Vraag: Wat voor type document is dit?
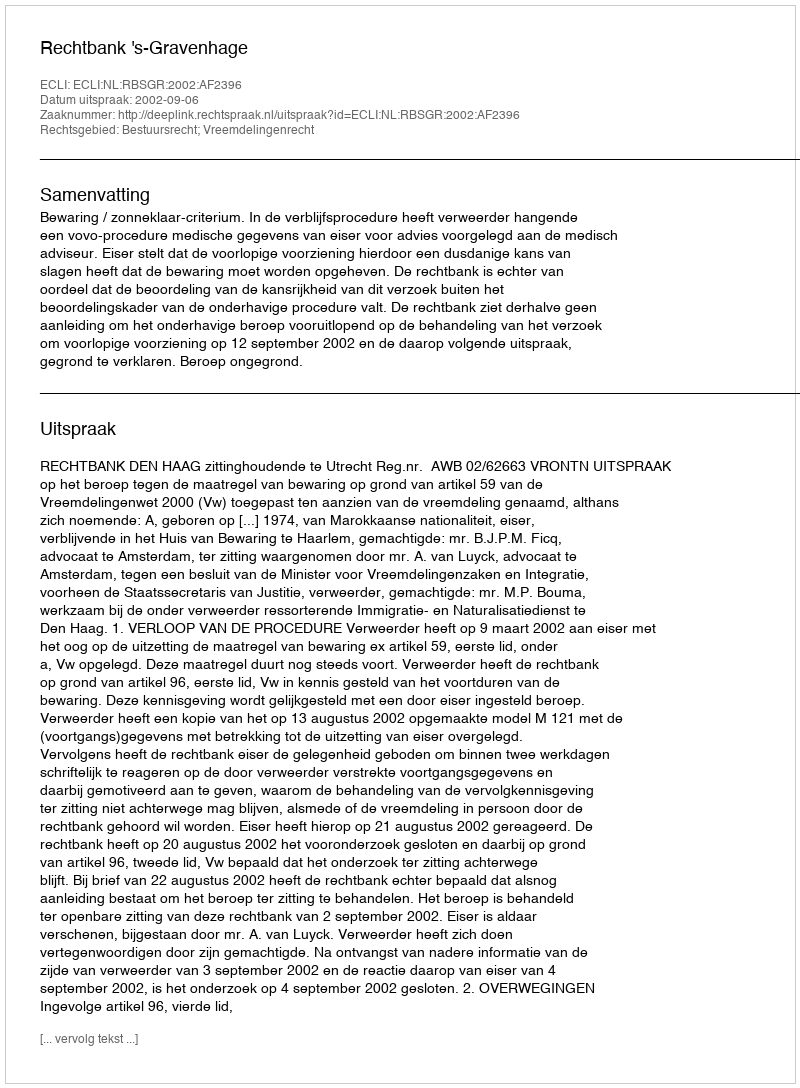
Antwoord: Uitspraak